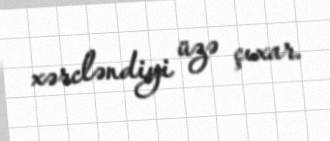
xərcləndiyi üzə çıxar.